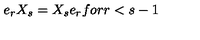
e _ { r } X _ { s } = X _ { s } e _ { r } f o r r < s - 1